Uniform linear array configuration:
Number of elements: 16
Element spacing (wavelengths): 0.25
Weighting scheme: hann
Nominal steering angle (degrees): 15
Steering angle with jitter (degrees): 15.011
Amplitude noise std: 0.05
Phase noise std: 0.05

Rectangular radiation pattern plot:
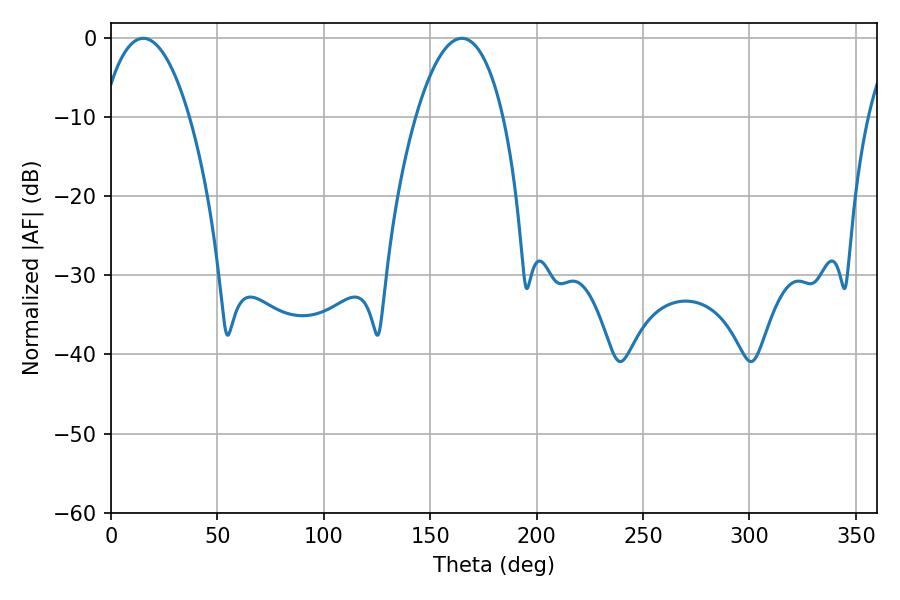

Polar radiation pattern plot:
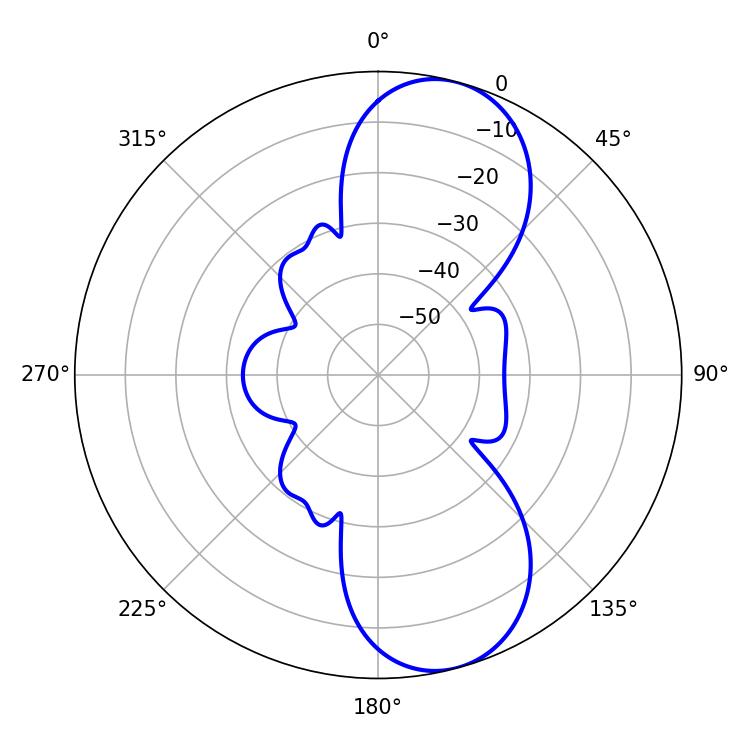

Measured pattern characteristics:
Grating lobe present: FALSE
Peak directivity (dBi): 9.424
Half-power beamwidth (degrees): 22.86
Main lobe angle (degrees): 15.12